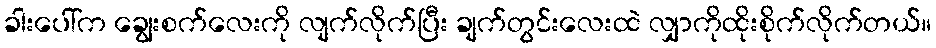
ခါးပေါ်က ချွေးစက်လေးကို လျက်လိုက်ပြီး ချက်တွင်းလေးထဲ လျှာကိုထိုးစိုက်လိုက်တယ်။